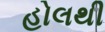
હોલથી